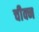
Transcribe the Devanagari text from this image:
चीक्न